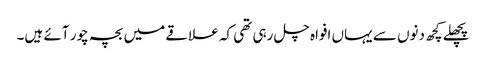
پچھلے کچھ دنوں سے یہاں افواہ چل رہی تھی کہ علاقے میں بچہ چور آئے ہیں۔